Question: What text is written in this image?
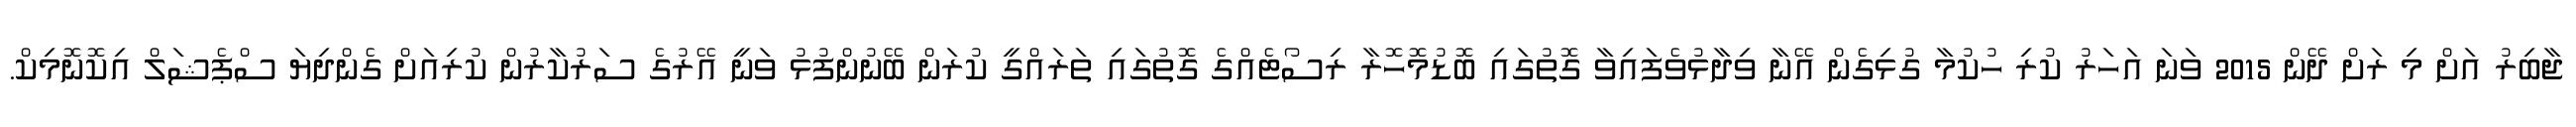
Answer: ޖާބިރު އަށް މި ރަށް ދޭން 2015 ވަނަ އަހަރު ކުރި ހުކުމާ ގުޅިގެން އޭނާ ވިދާޅުވެފައިވާ ގޮތުގައި ބޮޑުމޮހޮރާ ރިސޯޓެއްގެ ގޮތުގައި ތަރައްގީ ކުރަން ބޭނުންފުޅު ވަނީ އޭރުގެ ސަރުކާރުން ކުރިއަށް ގެންދިޔަ ސްޕެޝަލް އިކޮނޮމިކް.